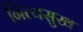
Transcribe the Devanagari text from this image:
नित्यसुख